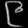
Digit: ၉